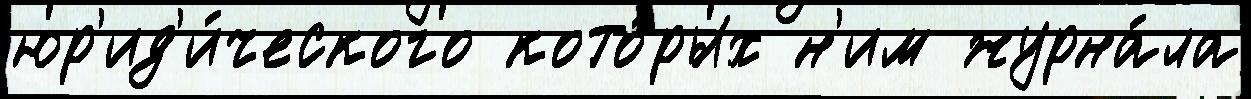
юр'ид'и́ческого кото́рых н'им журна́ла